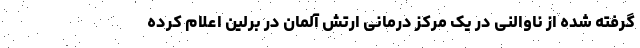
گرفته شده از ناوالنی در یک مرکز درمانی ارتش آلمان در برلین اعلام کرده